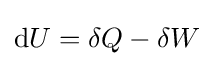
\mathrm {d} U=\delta Q-\delta W